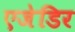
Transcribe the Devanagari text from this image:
एजेडिर